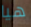
هيا